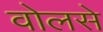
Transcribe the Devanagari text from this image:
वोलसे